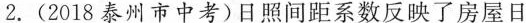
2. (2018泰州市中考)日照间距系数反映了房屋日